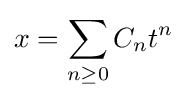
x=\sum _{n\geq 0}C_{n}t^{n}